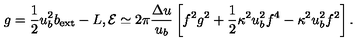
g = \frac { 1 } { 2 } u _ { b } ^ { 2 } b _ { \mathrm { e x t } } - L , { \cal E } \simeq 2 \pi \frac { \Delta u } { u _ { b } } \left[ f ^ { 2 } g ^ { 2 } + \frac { 1 } { 2 } \kappa ^ { 2 } u _ { b } ^ { 2 } f ^ { 4 } - \kappa ^ { 2 } u _ { b } ^ { 2 } f ^ { 2 } \right] .